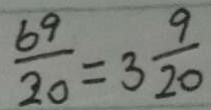
\frac { 6 9 } { 2 0 } = 3 \frac { 9 } { 2 0 }